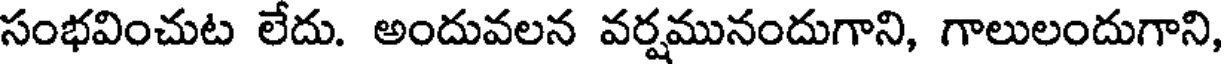
సంభవించుట లేదు. అందువలన వర్షమునందుగాని, గాలులందుగాని,